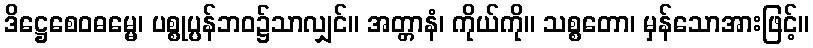
ဒိဋ္ဌေစေဝဓမ္မေ၊ ပစ္စုပ္ပန်ဘဝ၌သာလျှင်။ အတ္တာနံ၊ ကိုယ်ကို။ သစ္စတော၊ မှန်သောအားဖြင့်။